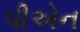
પીએન